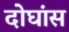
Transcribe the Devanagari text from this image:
दोघांस